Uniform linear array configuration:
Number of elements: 24
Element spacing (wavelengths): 0.75
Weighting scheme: exponential
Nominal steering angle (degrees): -45
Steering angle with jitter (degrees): -43.346
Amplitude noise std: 0.05
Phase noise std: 0.05

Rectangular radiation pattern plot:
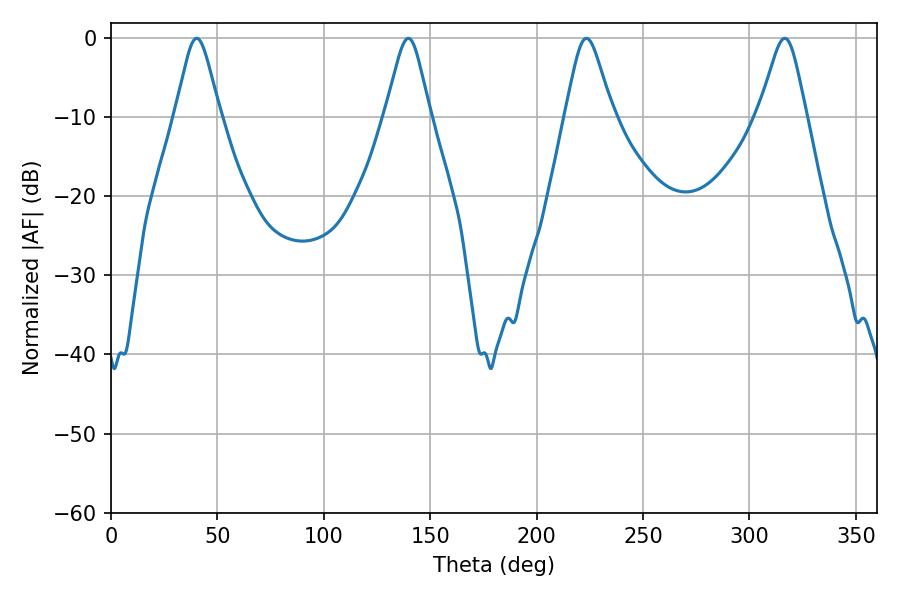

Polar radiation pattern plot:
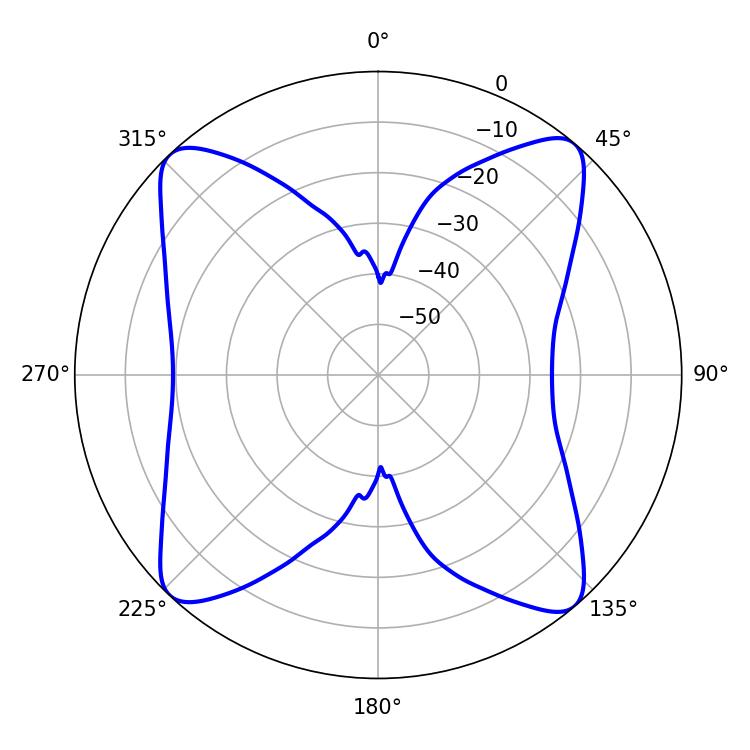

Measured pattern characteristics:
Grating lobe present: TRUE
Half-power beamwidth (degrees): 10.62
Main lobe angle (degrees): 223.38